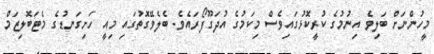
މީހުންނަށް ބަލިވެ އިނުމުގެ ކުރީކޮޅުގައިވެސް މިކަމުގެ އުދަގޫފޯރައެވެ. ބެލެވޭގޮތުގައި މިއީ ހަށިގަނޑުގެ މެޓަބޮލިޒަމް